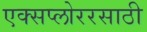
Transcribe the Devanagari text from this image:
एक्सप्लोररसाठी